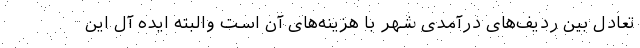
تعادل بین ردیف‌های درآمدی شهر با هزینه‌های آن است والبته ایده آل این